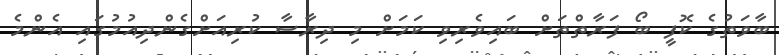
ބާވަތުގެ ކޮފީ ބޯ ފަރާތްތަށް ބައިވެރިވި ކަމަށް މި ދިރާސާ ކުރިއަށްގެންދިއުމުގައި އެންމެ